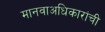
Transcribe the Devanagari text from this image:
मानवाअधिकारांची